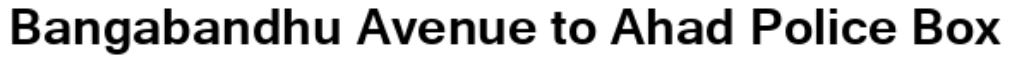
Bangabandhu Avenue to Ahad Police Box